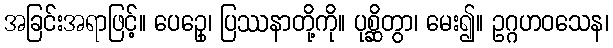
အခြင်းအရာဖြင့်။ ပေဥှေ၊ ပြဿနာတို့ကို။ ပုစ္ဆိတွာ၊ မေး၍။ ဥဂ္ဂဟဝသေန၊